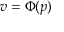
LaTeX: v = \Phi ( p )